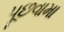
પૂછવામા